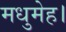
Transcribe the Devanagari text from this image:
मधुमेह।